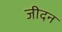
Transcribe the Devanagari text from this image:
जीदन